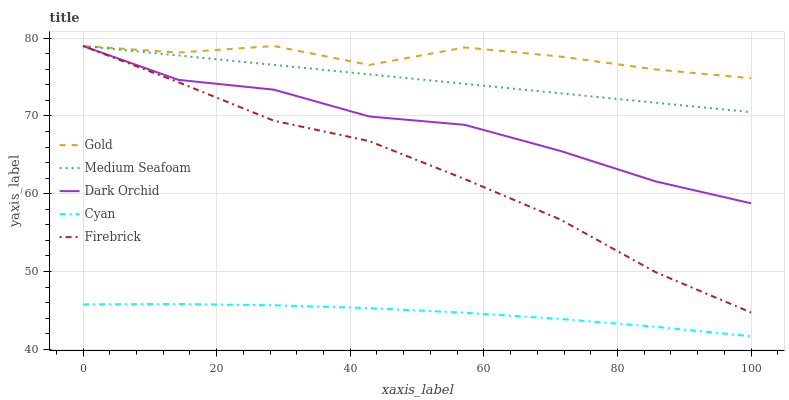
| xaxis_label | Gold | Medium Seafoam | Dark Orchid | Cyan | Firebrick |
 | --- | --- | --- | --- | --- | --- |
 | 0 | 79 | 79 | 79 | 45.8 | 79 |
 | 14.3 | 78.2 | 77.8 | 74.6 | 45.8 | 74.3 |
 | 28.6 | 79 | 76.6 | 73.4 | 45.7 | 69.4 |
 | 42.9 | 76.6 | 75.4 | 69.9 | 45.3 | 66.8 |
 | 57.1 | 78.8 | 74.1 | 68.9 | 44.7 | 61.9 |
 | 71.4 | 77.6 | 72.9 | 65.5 | 43.9 | 56.7 |
 | 85.7 | 76 | 71.7 | 61.6 | 42.9 | 49.9 |
 | 100 | 74.9 | 70.5 | 58.8 | 41.7 | 44.7 |